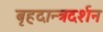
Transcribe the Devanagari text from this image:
बृहदान्त्रदर्शन